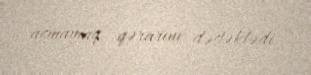
açmamaq qərarını dəstəklədi.